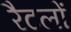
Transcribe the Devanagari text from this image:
रैटलों